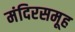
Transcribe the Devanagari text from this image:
मंदिरसमूह